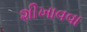
શીખાવવા